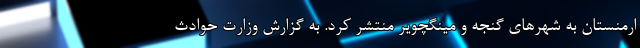
ارمنستان به شهرهای گنجه و مینگچویر منتشر کرد. به گزارش وزارت حوادث